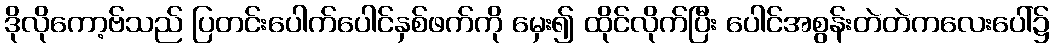
ဒိုလိုကော့ဗ်သည် ပြတင်းပေါက်ပေါင်နှစ်ဖက်ကို မှေး၍ ထိုင်လိုက်ပြီး ပေါင်အစွန်းတဲတဲကလေးပေါ်၌